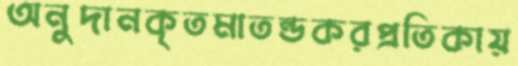
অনুদানকৃতমাতন্ডকরপ্রতিকায়